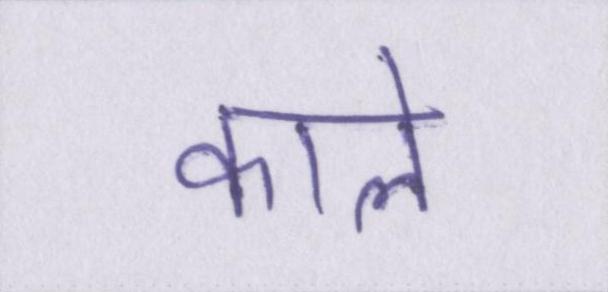
काले